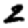
Digit: 2